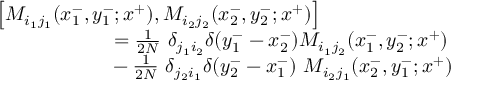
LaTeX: \begin{array} { l } { { \left[ M _ { i _ { 1 } j _ { 1 } } ( x _ { 1 } ^ { - } , y _ { 1 } ^ { - } ; x ^ { + } ) , M _ { i _ { 2 } j _ { 2 } } ( x _ { 2 } ^ { - } , y _ { 2 } ^ { - } ; x ^ { + } ) \right] } } \\ { { { } ~ ~ ~ ~ ~ ~ ~ ~ ~ ~ ~ ~ ~ ~ ~ ~ ~ = { \frac { 1 } { 2 N } } ~ \delta _ { j _ { 1 } i _ { 2 } } \delta ( y _ { 1 } ^ { - } - x _ { 2 } ^ { - } ) M _ { i _ { 1 } j _ { 2 } } ( x _ { 1 } ^ { - } , y _ { 2 } ^ { - } ; x ^ { + } ) } } \\ { { { } ~ ~ ~ ~ ~ ~ ~ ~ ~ ~ ~ ~ ~ ~ ~ ~ ~ - { \frac { 1 } { 2 N } } ~ \delta _ { j _ { 2 } i _ { 1 } } \delta ( y _ { 2 } ^ { - } - x _ { 1 } ^ { - } ) ~ M _ { i _ { 2 } j _ { 1 } } ( x _ { 2 } ^ { - } , y _ { 1 } ^ { - } ; x ^ { + } ) } } \end{array}